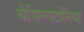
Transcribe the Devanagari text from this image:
बैसिन्गटोनिया